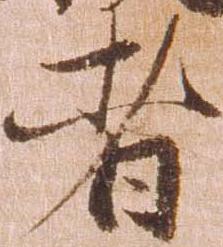
者